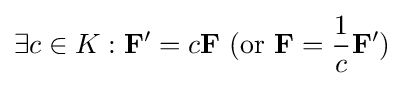
\exists c\in K:\mathbf {F} '=c\mathbf {F} {\text{ (or }}\mathbf {F} ={\frac {1}{c}}\mathbf {F} '{\text{)}}